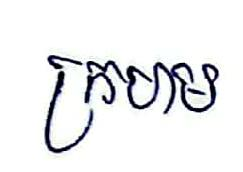
ក្រហម